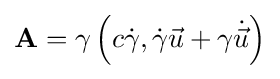
\mathbf {A} =\gamma \left(c{\dot {\gamma }},{\dot {\gamma }}{\vec {u}}+\gamma {\dot {\vec {u}}}\right)